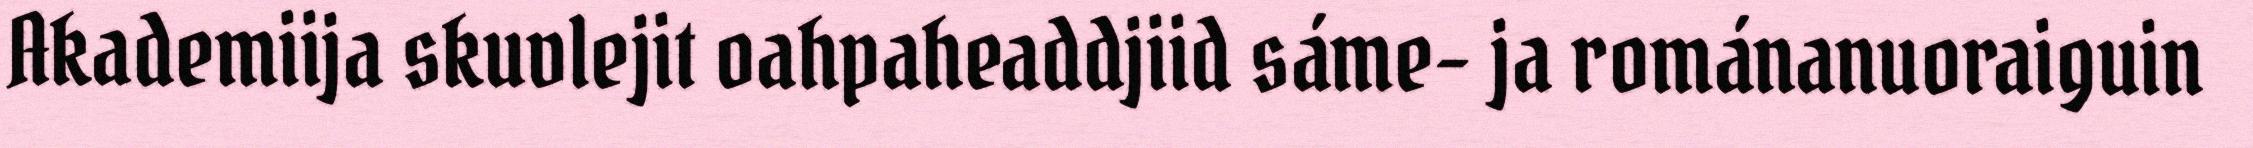
Akademiija skuvlejit oahpaheaddjiid sáme- ja románanuoraiguin